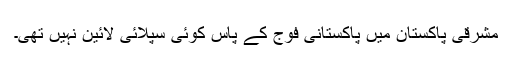
مشرقی پاکستان میں پاکستانی فوج کے پاس کوئی سپلائی لائین نہیں تھی۔